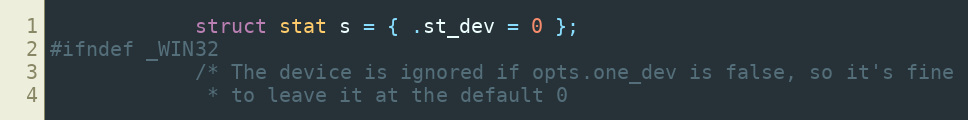
Language: C
            struct stat s = { .st_dev = 0 };
#ifndef _WIN32
            /* The device is ignored if opts.one_dev is false, so it's fine
             * to leave it at the default 0